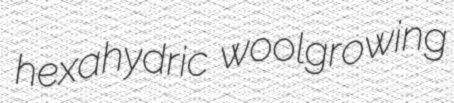
hexahydric woolgrowing